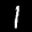
Label: 1